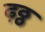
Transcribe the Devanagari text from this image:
ढ़ठ्ठ